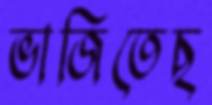
ভাজিতেছ